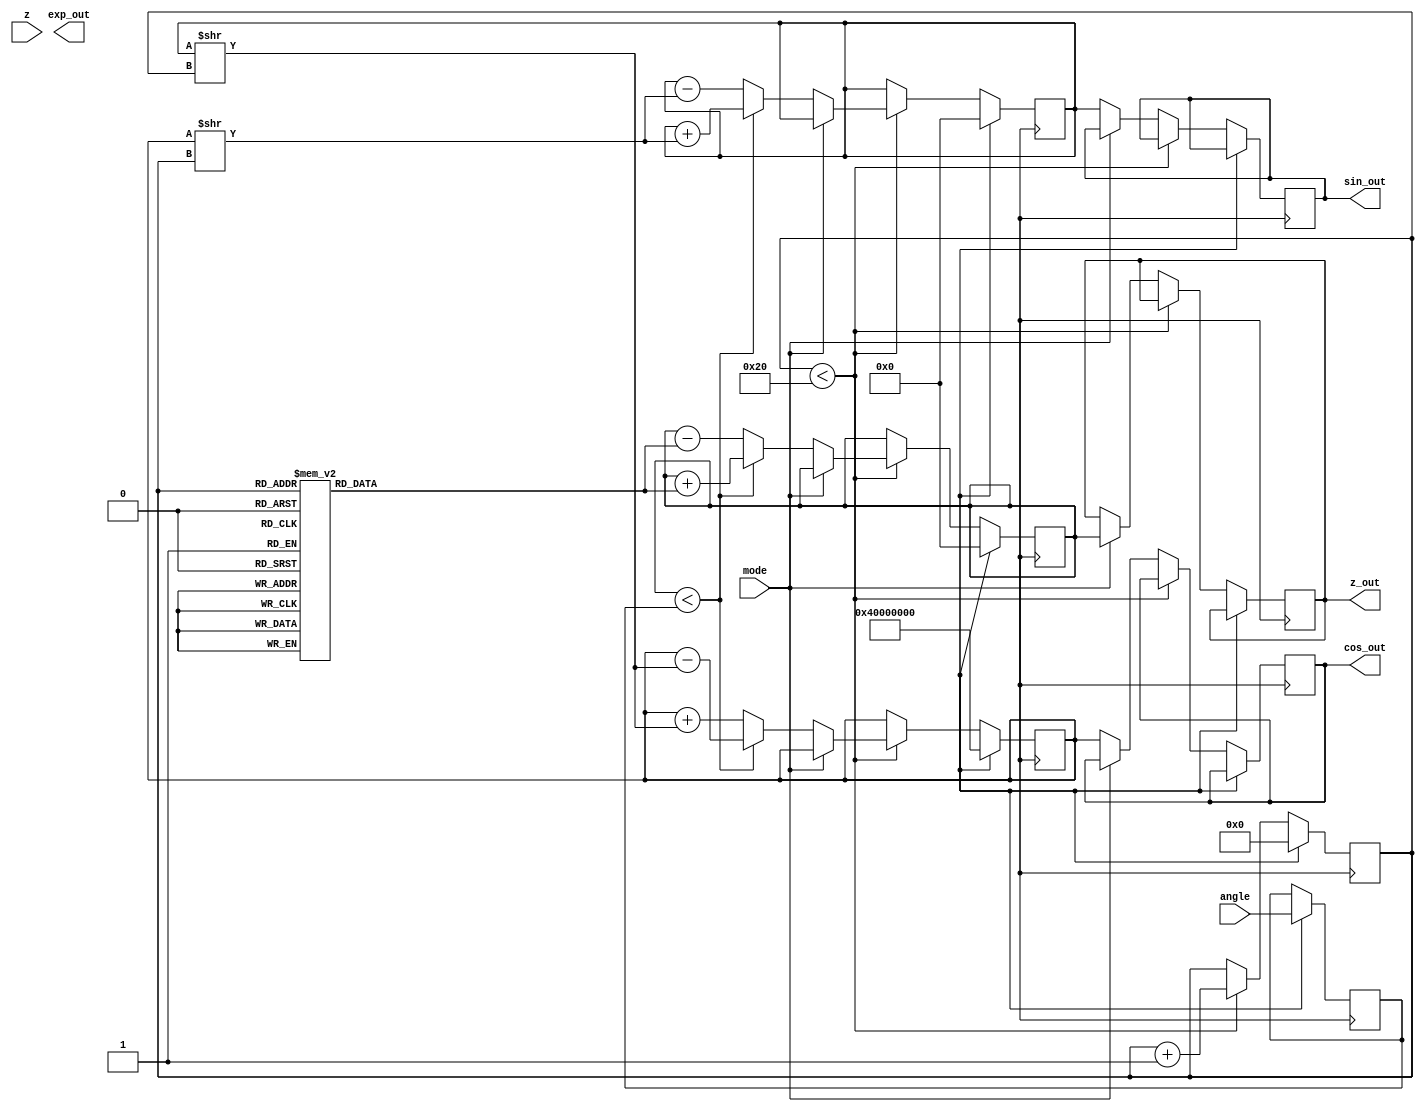
module cordic_floating_point (
    input  wire [31:0] angle,     // Input angle in radians (IEEE 754)
    input  wire [31:0] z,         // Vector input for vectoring mode (IEEE 754)
    input  wire mode,             // Mode control: 0 for rotation, 1 for vectoring
    output reg  [31:0] sin_out,   // Sine output
    output reg  [31:0] cos_out,   // Cosine output
    output reg  [31:0] exp_out,    // Exponential output
    output reg  [31:0] z_out       // Vectoring output
);

    // Internal registers
    reg [31:0] x, y, z_reg;       // X, Y, Z registers
    reg [31:0] angle_reg;         // Angle register
    reg [4:0] iteration;          // Iteration counter

    // Constants for CORDIC
    reg [31:0] atan_lut [0:31];   // Lookup table for arctangent values
    reg [31:0] gain_lut [0:31];   // Lookup table for gain values

    // Initialize LUTs (example values, needs to be filled with actual CORDIC values)
    initial begin
        atan_lut[0] = 32'h3F000000; // atan(2^0) = 45 degrees
        atan_lut[1] = 32'h3EFA0000; // atan(2^-1) = 26.565 degrees
        // Fill in the rest of the atan_lut and gain_lut...
    end

    // CORDIC algorithm implementation
    always @(posedge clk) begin
        if (reset) begin
            // Reset all registers
            x <= 32'h40000000; // Initial X = 1.0
            y <= 32'h00000000; // Initial Y = 0.0
            z_reg <= 32'h00000000; // Initial Z = 0.0
            angle_reg <= angle; // Load input angle
            iteration <= 0; // Reset iteration
        end else begin
            if (iteration < 32) begin
                // CORDIC rotation or vectoring logic
                if (mode == 0) begin // Rotation Mode
                    // Perform rotation
                    if (z_reg < angle_reg) begin
                        // Rotate counter-clockwise
                        x <= x - (y >> iteration);
                        y <= y + (x >> iteration);
                        z_reg <= z_reg + atan_lut[iteration];
                    end else begin
                        // Rotate clockwise
                        x <= x + (y >> iteration);
                        y <= y - (x >> iteration);
                        z_reg <= z_reg - atan_lut[iteration];
                    end
                end else begin // Vectoring Mode
                    // Perform vectoring
                    // Logic to compute angle from (X, Y) and magnitude
                    // This will need additional logic to handle vectoring
                end
                iteration <= iteration + 1; // Increment iteration
            end else begin
                // Output results after iterations complete
                if (mode == 0) begin // Rotation Mode
                    sin_out <= y; // Output sine
                    cos_out <= x; // Output cosine
                end else begin // Vectoring Mode
                    z_out <= z_reg; // Output vectoring result
                end
            end
        end
    end

endmodule